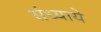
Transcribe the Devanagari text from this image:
संध्याये